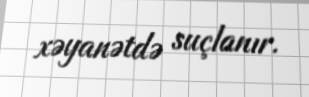
xəyanətdə suçlanır.